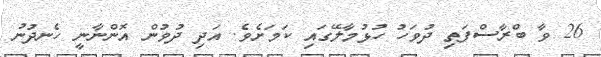
26 ވާ ބްރާސްފަތި ދުވަހު ހުޅުމާލޭގައި ކަމަށެވެ. އަދި ދުވުން އޮންނާނީ ހެނދުނު